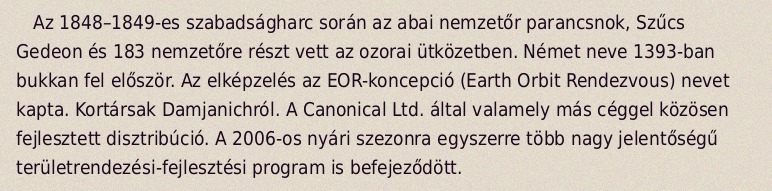
Az 1848–1849-es szabadságharc során az abai nemzetőr parancsnok, Szűcs Gedeon és 183 nemzetőre részt vett az ozorai ütközetben. Német neve 1393-ban bukkan fel először. Az elképzelés az EOR-koncepció (Earth Orbit Rendezvous) nevet kapta. Kortársak Damjanichról. A Canonical Ltd. által valamely más céggel közösen fejlesztett disztribúció. A 2006-os nyári szezonra egyszerre több nagy jelentőségű területrendezési-fejlesztési program is befejeződött.